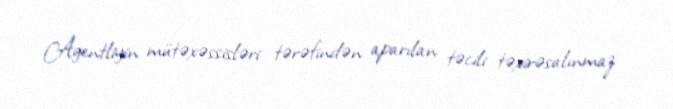
Agentliyin mütəxəssisləri tərəfindən aparılan təcili təxirəsalınmaz